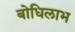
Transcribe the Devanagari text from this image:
बोधिलाभ